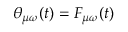
\theta _ { \mu \omega } ( t ) = F _ { \mu \omega } ( t )